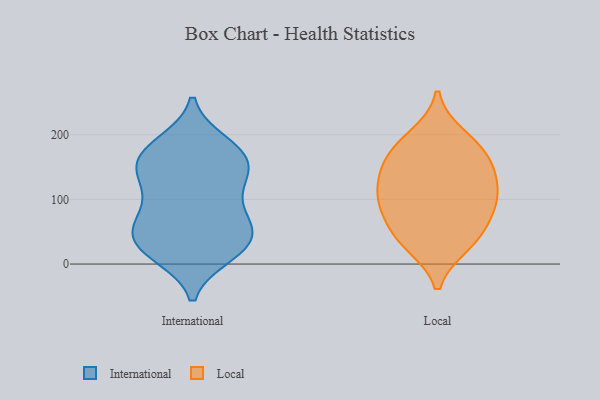
{"axis": {"x": "Satisfaction Score", "y": "Value"}, "legend": ["International", "Local"], "data": [{"x": "", "y": 52, "type": "International"}, {"x": "", "y": 37, "type": "International"}, {"x": "", "y": 117, "type": "International"}, {"x": "", "y": 19, "type": "International"}, {"x": "", "y": 177, "type": "International"}, {"x": "", "y": 90, "type": "International"}, {"x": "", "y": 186, "type": "International"}, {"x": "", "y": 15, "type": "International"}, {"x": "", "y": 30, "type": "International"}, {"x": "", "y": 143, "type": "International"}, {"x": "", "y": 24, "type": "International"}, {"x": "", "y": 175, "type": "International"}, {"x": "", "y": 60, "type": "International"}, {"x": "", "y": 167, "type": "International"}, {"x": "", "y": 142, "type": "International"}, {"x": "", "y": 129, "type": "International"}, {"x": "", "y": 59, "type": "International"}, {"x": "", "y": 157, "type": "International"}, {"x": "", "y": 74, "type": "International"}, {"x": "", "y": 89, "type": "Local"}, {"x": "", "y": 94, "type": "Local"}, {"x": "", "y": 43, "type": "Local"}, {"x": "", "y": 112, "type": "Local"}, {"x": "", "y": 122, "type": "Local"}, {"x": "", "y": 197, "type": "Local"}, {"x": "", "y": 177, "type": "Local"}, {"x": "", "y": 146, "type": "Local"}, {"x": "", "y": 146, "type": "Local"}, {"x": "", "y": 81, "type": "Local"}, {"x": "", "y": 39, "type": "Local"}, {"x": "", "y": 175, "type": "Local"}, {"x": "", "y": 31, "type": "Local"}]}